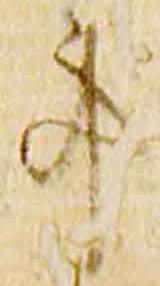
事